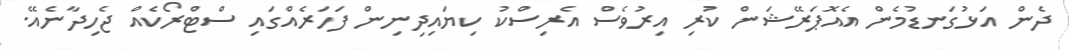
ދެން އަޅުގަނޑުމެން އެއޮޕަރޭޝަން ކުރި އިރުވެސް އެރިސްކު ކިޔައިދިނިން ފަހަރެއްގައި ސްޓްރޯކެއް ޖެހިދާނެއޭ.